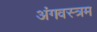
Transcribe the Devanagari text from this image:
अंगवस्त्रम